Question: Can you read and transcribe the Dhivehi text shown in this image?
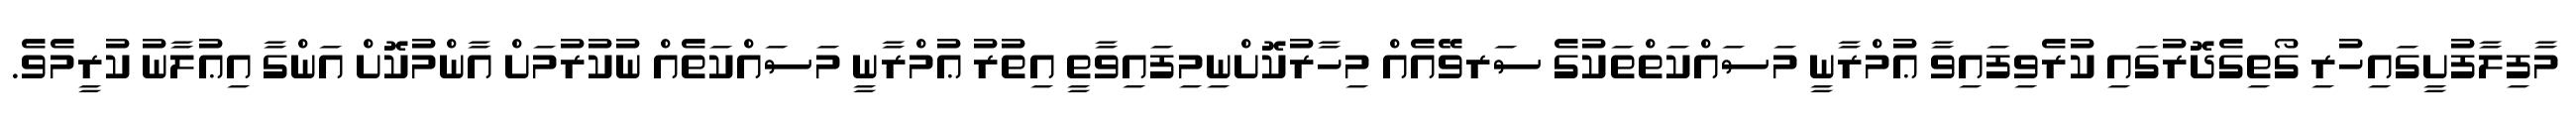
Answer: މާފިލާފުށީގައިހުރި ގޯތިގެދޮރުގައި ކުރެވިފައިވާ ޢުމްރާނީ މަސައްކަތްތަކުގެ ސަރވޭއެއް މިހާރުކޮށްނިމިފައިވާތީ އިތުރު ޢުމްރާނީ މަސައްކަތެއް ނުކުރުމަށް އާންމުކޮށް އަންގާ އިޢުލާނު ކުރީމެވެ.